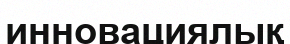
инновациялық